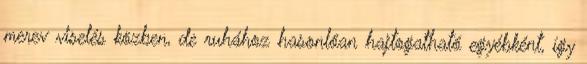
merev viselés közben, de ruhához hasonlóan hajtogatható egyébként, így